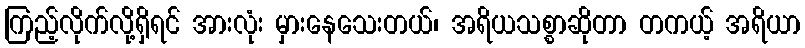
ကြည့်လိုက်လို့ရှိရင် အားလုံး မှားနေသေးတယ်၊ အရိယသစ္စာဆိုတာ တကယ့် အရိယာ